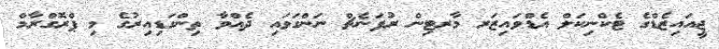
ޖީއައިޒެޑްގެ ޓެކްނިކަލް އެޑްވައިޒަރ މާރޓިން ރުފަނެޗް ނަންގަވައި ދެއްވާ ތިންގަޑިއިރުގެ މި ޕްރޮގްރާމް